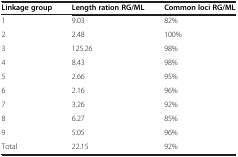
<table><thead><tr><td><b>Linkage group</b></td><td><b>Length ration RG/ML</b></td><td><b>Common loci RG/ML</b></td></tr></thead><tbody><tr><td>1</td><td>9.03</td><td>82%</td></tr><tr><td>2</td><td>2.48</td><td>100%</td></tr><tr><td>3</td><td>125.26</td><td>98%</td></tr><tr><td>4</td><td>8.43</td><td>98%</td></tr><tr><td>5</td><td>2.66</td><td>95%</td></tr><tr><td>6</td><td>2.16</td><td>96%</td></tr><tr><td>7</td><td>3.26</td><td>92%</td></tr><tr><td>8</td><td>6.27</td><td>85%</td></tr><tr><td>9</td><td>5.05</td><td>96%</td></tr><tr><td>Total</td><td>22.15</td><td>92%</td></tr></tbody></table>